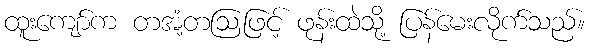
ထူးကျော်က တအံ့တဩဖြင့် ဖုန်းထဲသို့ ပြန်မေးလိုက်သည်။